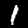
Label: 1